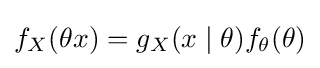
f_{X}(\theta x)=g_{X}(x\mid \theta )f_{\theta }(\theta )